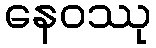
နေဝဿု